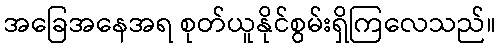
အခြေအနေအရ စုတ်ယူနိုင်စွမ်းရှိကြလေသည်။